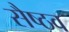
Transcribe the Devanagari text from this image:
सैष्ठव